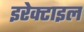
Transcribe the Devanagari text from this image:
इरेक्टाइल